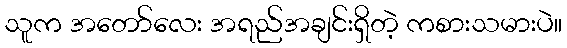
သူက အတော်လေး အရည်အချင်းရှိတဲ့ ကစားသမားပဲ။